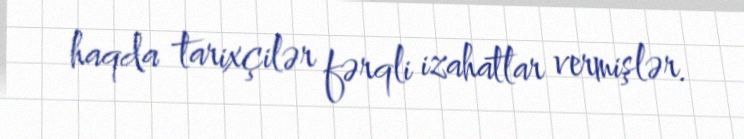
haqda tarixçilər fərqli izahatlar vermişlər.